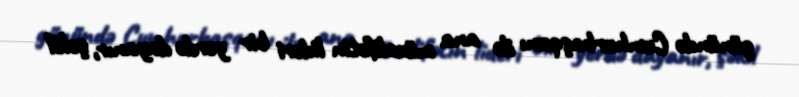
günündə Cumhurbaşqanı ilə ana müxalifətin lideri bir yerdə dayanır, şəkil